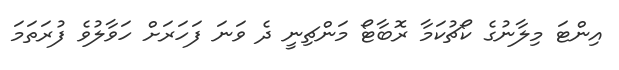
އިންޓަ މިލާނުގެ ކޯޗުކަމާ ރޮބާޓޯ މަންޗިނީ ދެ ވަނަ ފަހަރަށް ހަވާލުވެ ފުރަތަމަ